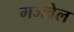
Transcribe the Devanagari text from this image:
गजवेल